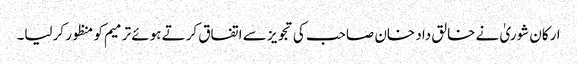
ارکان شوریٰ نے خالق داد خان صاحب کی تجویز سے اتفاق کرتے ہوئے ترمیم کو منظور کرلیا۔